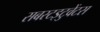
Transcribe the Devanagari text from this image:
सबस्टइटुवेंटस